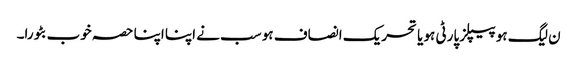
ن لیگ ہو پیپلز پارٹی ہو یا تحریک انصاف ہو سب نے اپنا اپنا حصہ خوب بٹورا۔